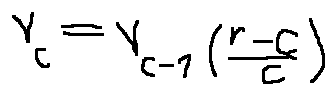
v _ { c } = v _ { c - 1 } ( \frac { r - c } { c } )